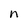
Character: n